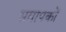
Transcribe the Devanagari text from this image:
समापकों